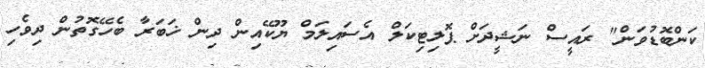
ކަންބޮޑުވަން" ރައީސް ނަޝީދަށް ޕޮލިޓިކަލް އެސައިލަމް ޔޫކޭއިން ދިން ޚަބަރާ ބެހޭގޮތުން ދިވެހި